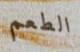
الطعم